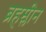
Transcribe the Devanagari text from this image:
ब्रहम्लीन